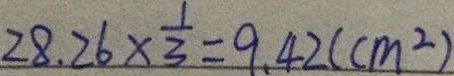
2 8 . 2 6 \times \frac { 1 } { 3 } = 9 . 4 2 ( c m ^ { 2 } )